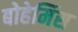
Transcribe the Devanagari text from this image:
बोहेमिंस